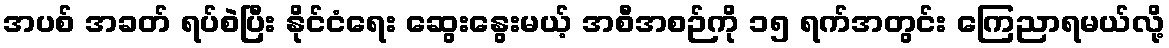
အပစ် အခတ် ရပ်စဲပြီး နိုင်ငံရေး ဆွေးနွေးမယ့် အစီအစဉ်ကို ၁၅ ရက်အတွင်း ကြေညာရမယ်လို့